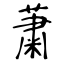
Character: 䔥